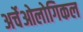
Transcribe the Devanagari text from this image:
अर्चेओलोगिकल